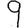
Digit: 9